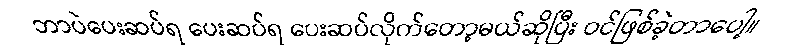
ဘာပဲပေးဆပ်ရ ပေးဆပ်ရ ပေးဆပ်လိုက်တော့မယ်ဆိုပြီး ဝင်ဖြစ်ခဲ့တာပေါ့။